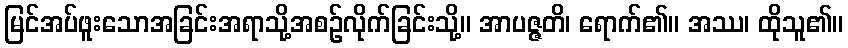
မြင်အပ်ဖူးသောအခြင်းအရာသို့အစဉ်လိုက်ခြင်းသို့။ အာပဇ္ဇတိ၊ ရောက်၏။ အဿ၊ ထိုသူ၏။